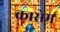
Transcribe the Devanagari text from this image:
कासेम